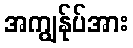
အကျွန်ုပ်အား